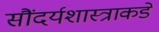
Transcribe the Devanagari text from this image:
सौंदर्यशास्त्राकडे